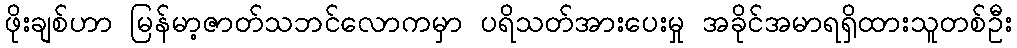
ဖိုးချစ်ဟာ မြန်မာ့ဇာတ်သဘင်လောကမှာ ပရိသတ်အားပေးမှု အခိုင်အမာရရှိထားသူတစ်ဦး